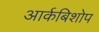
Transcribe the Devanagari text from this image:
आर्कबिशोप